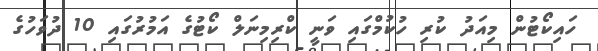
ހައިކޯޓުން މިއަދު ކުރި ހުކުމްގައި ވަނީ ކްރިމިނަލް ކޯޓުގެ އަމުރުގައި 10 ދުވަހުގެ